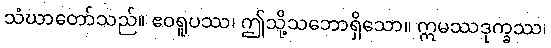
သံဃာတော်သည်။ ဧဝရူပဿ၊ ဤသို့သဘောရှိသော။ ဣမဿဒုက္ခဿ၊